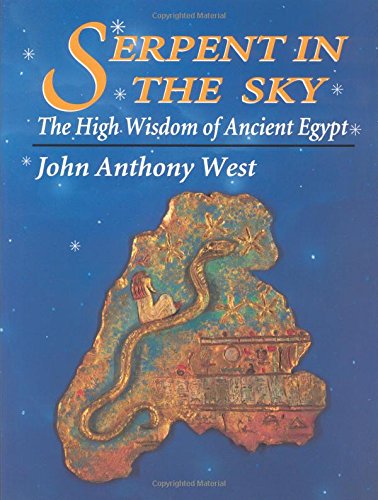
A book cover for Serpent in the Sky: The High Wisdom of Ancient Egypt; John Anthony West; Literature & Fiction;